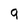
Character: 9